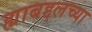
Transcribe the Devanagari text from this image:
ह्याबद्दलच्या